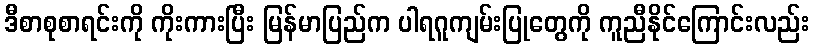
ဒီစာစုစာရင်းကို ကိုးကားပြီး မြန်မာပြည်က ပါရဂူကျမ်းပြုတွေကို ကူညီနိုင်ကြောင်းလည်း